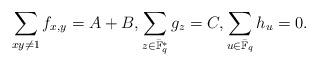
LaTeX: \begin{align*}\sum_{x y\ne 1}f_{x,y}=A+B, \sum_{z\in \bar{\mathbb{F}}^*_q} g_{z}=C, \sum_{u\in \bar{\mathbb{F}}_q} h_{u}= 0.\end{align*}